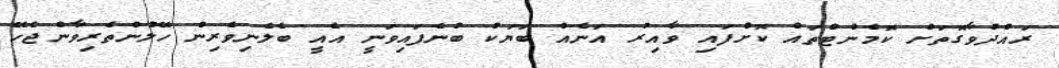
ރައްދުވާގޮތަށް ކޮމެންޓްތައް ކޮށްފައި ވާއިރު އަނެއް ބަޔަކު ބުނެފައިވަނީ އެއީ ބެލެނިވެރިން ހޭލުންތެރިވާންޖެހޭ